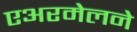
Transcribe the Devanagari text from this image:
एअरमेलने